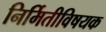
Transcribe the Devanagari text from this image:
निर्मितीविषयक